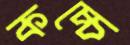
কচ্চে